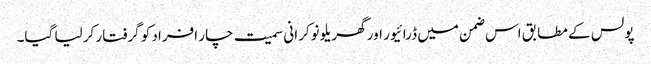
پولس کے مطابق اس ضمن میں ڈرائیور اور گھریلو نوکرانی سمیت چار افراد کو گرفتار کر لیا گیا۔